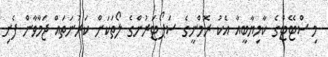
މި ސްޓޭޓްގެ ކާމިޔާބީއާ އެކު ރޮމްނީގެ ސަޕޯޓަރުންގެ ލޯތަކަށް ކަރުނަތައް ޖަމާވާން ފެށި